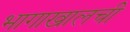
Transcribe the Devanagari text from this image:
भागाखालची